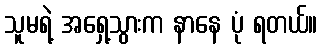
သူမရဲ့ အရှေ့သွားက နာနေ ပုံ ရတယ်။